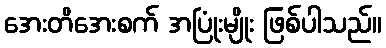
အေးတိအေးစက် အပြုံးမျိုး ဖြစ်ပါသည်။